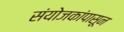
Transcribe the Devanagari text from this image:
संयोजकांपासून